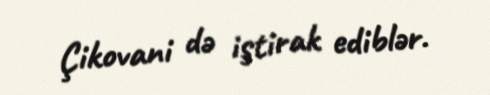
Çikovani də iştirak ediblər.